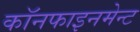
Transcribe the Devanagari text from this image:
कॉनफाइनमेन्ट